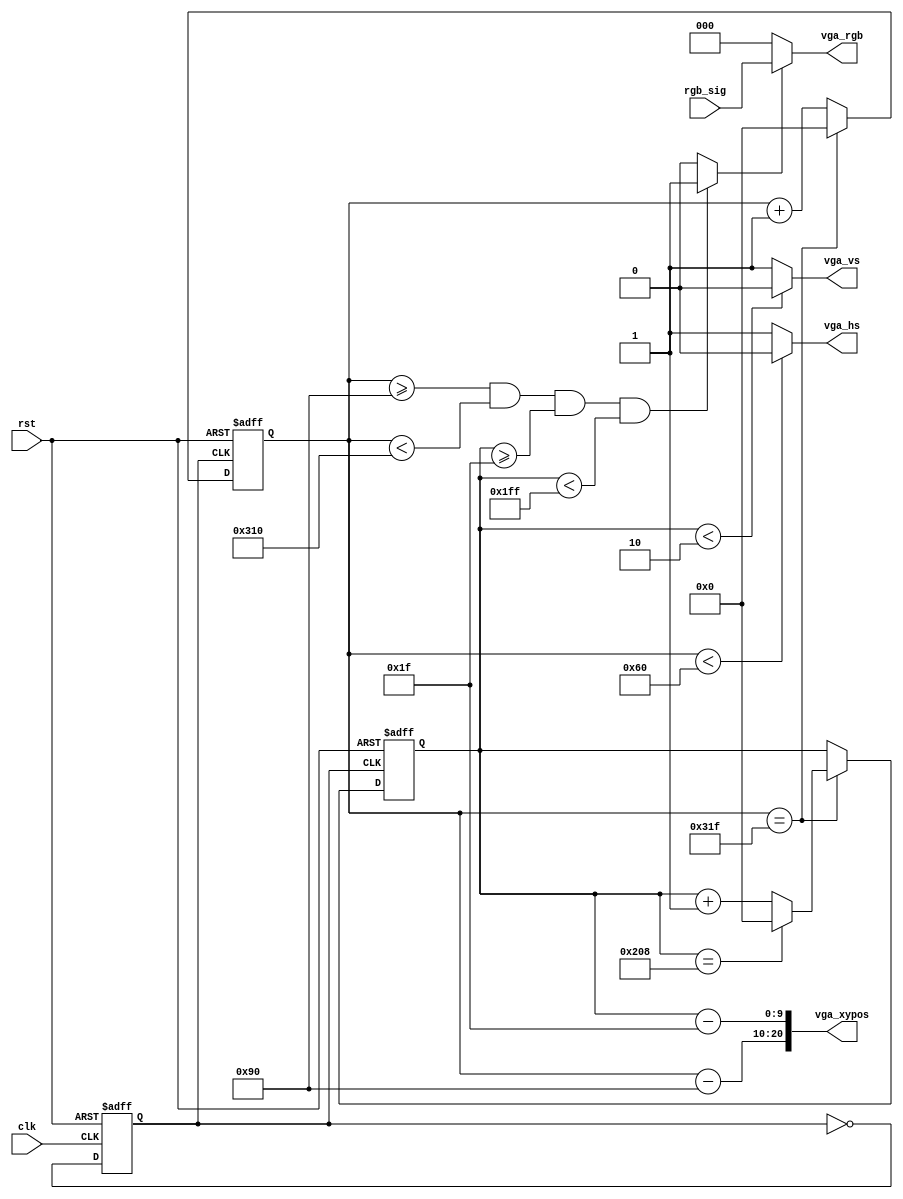
//VGA
//(vga_xpos,vga_ypos)
module IP_VGA_640X480(clk,rst,rgb_sig,vga_rgb,vga_hs,vga_vs,vga_xypos);
	input clk;
	input rst;
	input[2:0] rgb_sig;
	output[2:0] vga_rgb;
	output vga_hs, vga_vs;
	output[20:0] vga_xypos;
	//
	parameter H_CNT_MAX=10'd800; 
	parameter H_HS=10'd96;
	parameter H_BP=10'd48;
	parameter H_DISP=10'd640;
	parameter H_FP=10'd16;
	parameter H_Left=H_HS+H_BP;
	parameter H_Right=H_HS+H_BP+H_DISP;
	//
	parameter V_CNT_MAX=10'd521;
	parameter V_HS=10'd2;
	parameter V_BP=10'd29;
	parameter V_DISP=10'd480;
	parameter V_FP=10'd10;
	parameter V_Left=V_HS+V_BP;
	parameter V_Right=V_HS+V_BP+V_DISP;	
	//25M
	reg clk_25M;
	always@(posedge clk or negedge rst)
		if(!rst) clk_25M=0;
		else clk_25M=~clk_25M;
	//
	reg[9:0] h_cnt,v_cnt;
	always@(posedge clk_25M or negedge rst) begin
		if(!rst) begin
			h_cnt<=0;
			v_cnt<=0;
		end
		else begin
			if(h_cnt==(H_CNT_MAX-1)) begin
				h_cnt<=0;
				if(v_cnt==(V_CNT_MAX-1)) v_cnt<=0;
				else v_cnt<=v_cnt+10'd1;
			end
			else h_cnt<=h_cnt+10'd1;
		end
	end
	//
	wire[10:0]vga_xpos;
	wire[9:0]vga_ypos;
	assign vga_xypos={vga_xpos,vga_ypos};
	assign vga_xpos = h_cnt - H_Left;
	assign vga_ypos = v_cnt - V_Left;
	//HS
	assign vga_hs=(h_cnt<H_HS)? 1'b0: 1'b1;
	//VS
	assign vga_vs=(v_cnt<V_HS)? 1'b0: 1'b1;
	//
	wire disp_valid;
	assign disp_valid=((h_cnt>=H_Left)&&(h_cnt<H_Right)&& (v_cnt>=V_Left)&&(v_cnt<V_Right)) ? 1'b1:1'b0;
	//
	assign vga_rgb = disp_valid ? rgb_sig : 3'b000;
endmodule